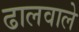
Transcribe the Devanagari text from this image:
ढालवाले